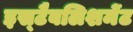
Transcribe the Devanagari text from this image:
इस्‍टैबलिशमेंट